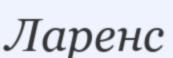
Ларенс